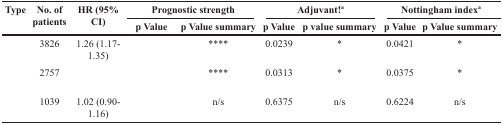
<table><thead><tr><td rowspan="2"><b>Type</b></td><td rowspan="2"><b>No. of patients</b></td><td rowspan="2"><b>HR (95% CI)</b></td><td colspan="2"><b>Prognostic strength</b></td><td colspan="2"><b>Adjuvant!<sup>a</sup></b></td><td colspan="2"><b>Nottingham index<sup>a</sup></b></td></tr><tr><td><b>p Value</b></td><td><b>p Value summary</b></td><td><b>p Value</b></td><td><b>p value summary</b></td><td><b>p Value</b></td><td><b>p Value summary</b></td></tr></thead><tbody><tr><td>[EMPTY_CELL]</td><td>3826</td><td>1.26 (1.17-1.35)</td><td>[EMPTY_CELL]</td><td>****</td><td>0.0239</td><td>*</td><td>0.0421</td><td>*</td></tr><tr><td>[EMPTY_CELL]</td><td>2757</td><td>[EMPTY_CELL]</td><td>[EMPTY_CELL]</td><td>****</td><td>0.0313</td><td>*</td><td>0.0375</td><td>*</td></tr><tr><td>[EMPTY_CELL]</td><td>1039</td><td>1.02 (0.90-1.16)</td><td>[EMPTY_CELL]</td><td>n/s</td><td>0.6375</td><td>n/s</td><td>0.6224</td><td>n/s</td></tr></tbody></table>